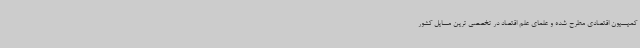
کمیسیون اقتصادی مطرح شده و علمای علم اقتصاد در تخصصی ترین مسایل کشور